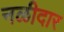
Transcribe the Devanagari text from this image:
नळीदार